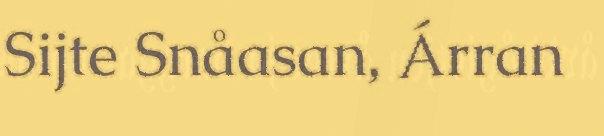
Sijte Snåasan, Árran